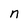
Character: n